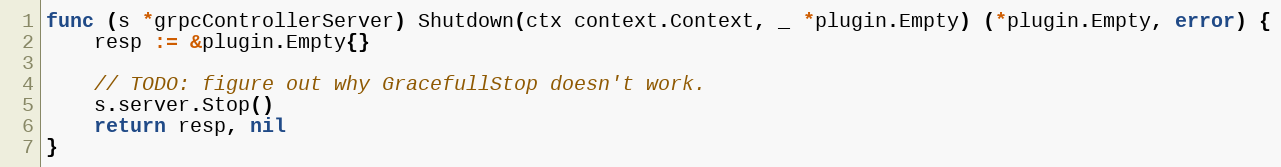
Language: Go
func (s *grpcControllerServer) Shutdown(ctx context.Context, _ *plugin.Empty) (*plugin.Empty, error) {
	resp := &plugin.Empty{}

	// TODO: figure out why GracefullStop doesn't work.
	s.server.Stop()
	return resp, nil
}